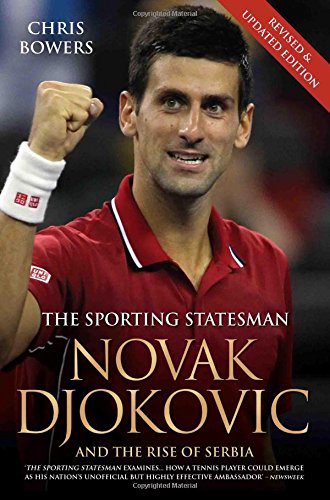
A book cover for Novak Djokovic and the Rise of Serbia: The Sporting Statesman; Chris Bowers; Sports & Outdoors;